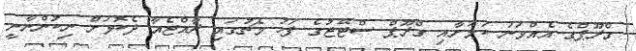
ގްރޫޕްގެ އެއްވަނަ ކަމަށާއި ގްރޫޕް ސްޓޭޖުގެ ފަހު މެޗުގައި ރާއްޖެއާ ދެކޮޅަށް ނިކުންނާނީ